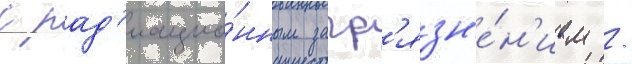
с рад'иацио́нным загр'язн'е́н'ием /